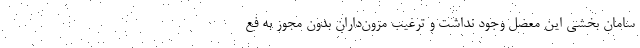
سامان بخشی این معضل وجود نداشت و ترغیب مزون‌داران بدون مجوز به فع